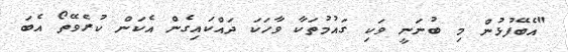
"އެބޭފުޅުން މި ބުނަނީ ވަކި ގައުމުތަކާ ވާހަކަ ދައްކައިގެން އެކަން ކުރެވޭތޯ އެބަ